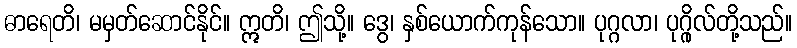
ဓာရေတိ၊ မမှတ်ဆောင်နိုင်။ ဣတိ၊ ဤသို့။ ဒွေ၊ နှစ်ယောက်ကုန်သော။ ပုဂ္ဂလာ၊ ပုဂ္ဂိုလ်တို့သည်။